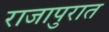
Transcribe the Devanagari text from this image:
राजापुरात